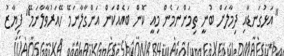
"އަޅުގަނޑާއި ދިމާލަށް ބުނީ ތިމަންނަމެން މިއީ ކޮން ބައެއްކަން އަންގާލާނަމޭ ހޭއަރުވާލާނަމޭ" ފިޔާޒު